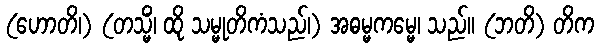
(ဟောတိ၊) (တသ္မိံ၊ ထို သမ္မုတိကံသည်၊) အဓမ္မကမ္မေ၊ သည်။ (ဘတိ) တိက